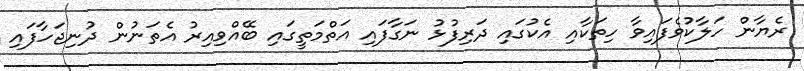
ރެޔާން ހަލާކުވެފައިވާ ހިތަކާއި އެކުގައި ދަރިފުޅު ނަގާފައި އަތްމަތީގައި ބޭއްވިއިރު އެތަނުން ދުނިޖަހާފައި